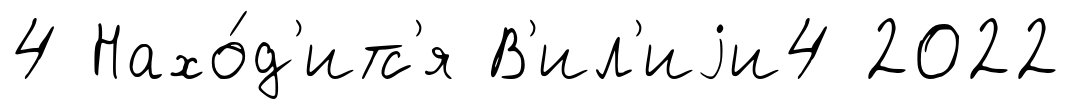
4 Нахо́д'итс'я В'ил'иjи4 2022